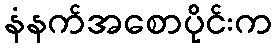
နံနက်အစောပိုင်းက